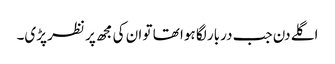
اگلے دن جب دربار لگا ہوا تھا تو ان کی مجھ پر نظر پڑی۔